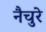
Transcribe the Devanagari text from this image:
नैचुरे